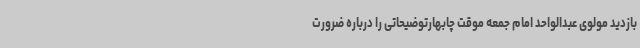
بازدید مولوی عبدالواحد امام جمعه موقت چابهارتوضیحاتی را درباره ضرورت